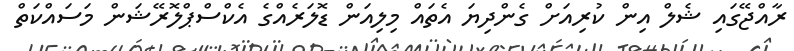
ރާއްޖޭގައި ޝެލް އިން ކުރިއަށް ގެންދިޔަ އެތައް މިލިއަން ޑޮލަރެއްގެ އެކްސްޕްލޮރޭޝަން މަސައްކަތް